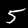
Label: 5